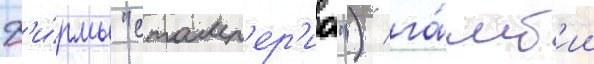
ф'и́рмы "стамп'ер'иа") / га́мб'ии